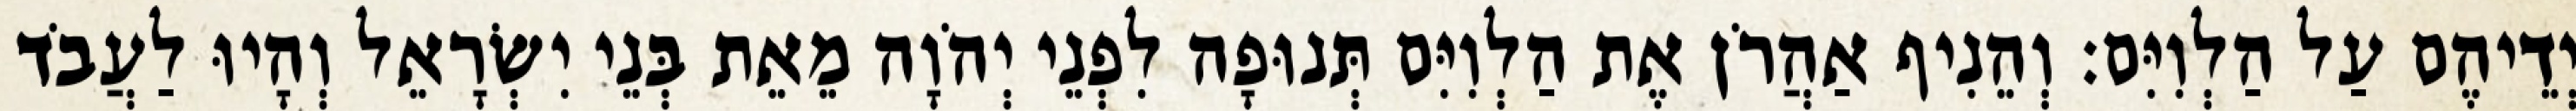
יְדֵיהֶם עַל הַלְוִיִּם׃ וְהֵנִיף אַהֲרֹן אֶת הַלְוִיִּם תְּנוּפָה לִפְנֵי יְהֹוָה מֵאֵת בְּנֵי יִשְׂרָאֵל וְהָיוּ לַעֲבֹד